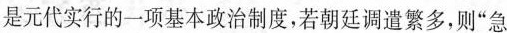
是元代实行的一项基本政治制度，若朝廷调遣繁多，则”急